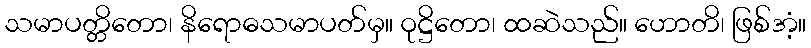
သမာပတ္တိတော၊ နိရောဓသမာပတ်မှ။ ဝုဋ္ဌိတော၊ ထဆဲသည်။ ဟောတိ၊ ဖြစ်အံ့။